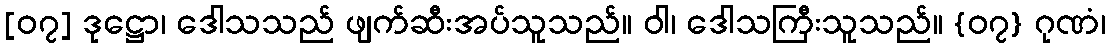
[၀၇] ဒုဋ္ဌော၊ ဒေါသသည် ဖျက်ဆီးအပ်သူသည်။ ဝါ၊ ဒေါသကြီးသူသည်။ {၀၇} ဂုဏံ၊